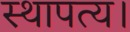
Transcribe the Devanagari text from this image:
स्थापत्य।